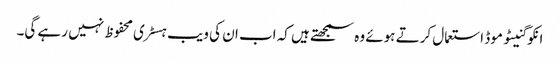
انکوگنیٹو موڈ استعمال کرتے ہوئے وہ سمجھتے ہیں کہ اب ان کی ویب ہسٹری محفوظ نہیں رہے گی۔